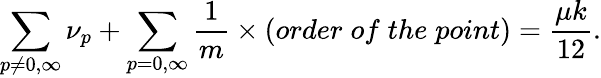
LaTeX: \sum_{p\neq 0,\infty}{\nu_{p}}+\sum_{p=0,\infty}\frac{1}{m}\times(order\; of\; the\; point)=\frac{\mu k}{12}.